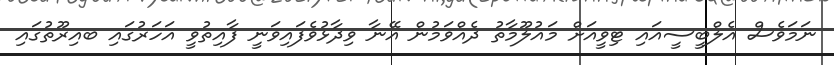
ނަމަވެސް އެލްބީސީއައި ޓިވީއަށް މައުލޫމާތު ދެއްވަމުން އޭނާ ވިދާޅުވެފައިވަނީ ފާއިތުވީ އަހަރުގައި ބއިރޫތުގައި